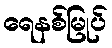
ရေနစ်မြုပ်